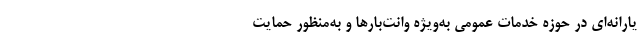
یارانه‌ای در حوزه خدمات عمومی به‌ویژه وانت‌بارها و به‌منظور حمایت